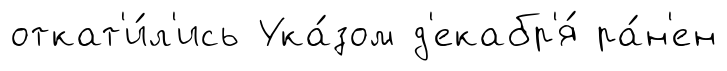
откат'и́л'ись Ука́зом д'екабр'я́ ра́н'ен